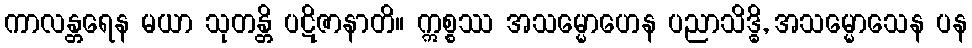
ကာလန္တရေန မယာ သုတန္တိ ပဋိဇာနာတိ။ ဣစ္စဿ အသမ္မောဟေန ပညာသိဒ္ဓိ, အသမ္မောသေန ပန